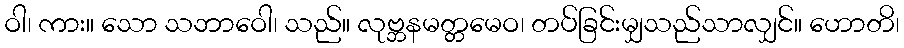
ဝါ၊ ကား။ သော သဘာဝေါ၊ သည်။ လုဗ္ဘနမတ္တမေဝ၊ တပ်ခြင်းမျှသည်သာလျှင်။ ဟောတိ၊